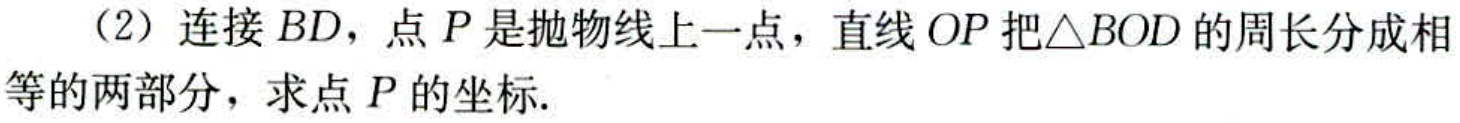
（2）连接 \(BD\)，点 \(P\) 是抛物线上一点，直线 \(OP\) 把\(\triangle BOD\)的周长分成相等的两部分，求点 \(P\) 的坐标.